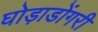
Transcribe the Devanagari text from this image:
घोड़ाडोंगरी